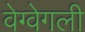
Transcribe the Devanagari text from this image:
वेग्वेगली